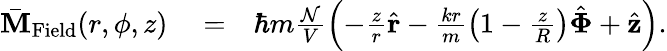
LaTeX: \begin{array}{rlr}{\bar{\mathbf M}_{\mathrm{Field}}(r,\phi,z)}&{{}=}&{\hbar m\frac{\mathcal N}{V}\left(-\frac{z}{r}\hat{\mathbf r}-\frac{kr}{m}\left(1-\frac{z}{R}\right)\hat{\mathbf\Phi}+\hat{\mathbf z}\right).}\end{array}